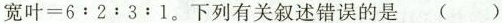
宽 叶 = 6 : 2 : 3 : 1$$.下列有关叙述错误的是 ( )